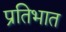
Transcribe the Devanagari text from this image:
प्रतिभात